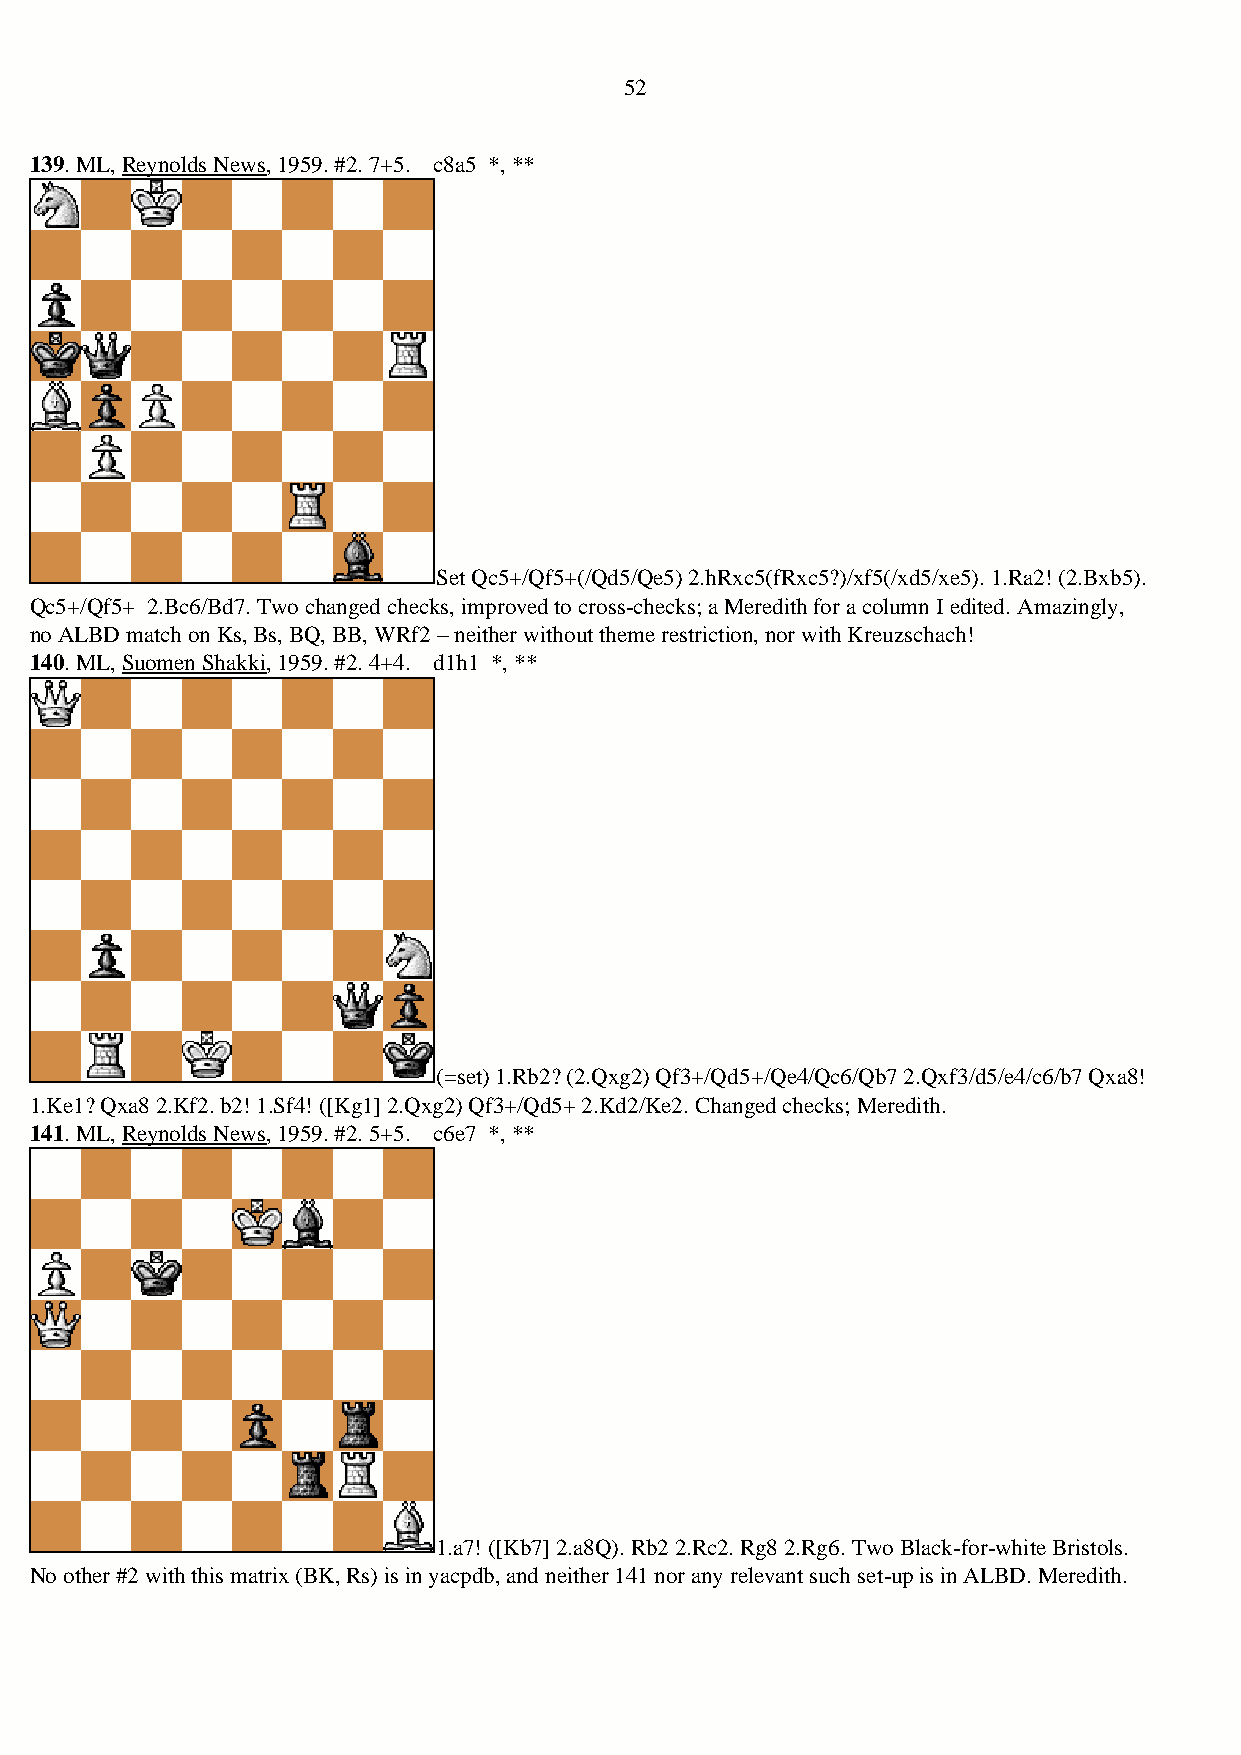
52
 139. ML, Reynolds News, 1959. #2. 7+5. c8a5 *, **
 Set Qc5+/Qf5+(/Qd5/Qe5) 2.hRxc5(fRxc5?)/xf5(/xd5/xe5). 1.Ra2! (2.Bxb5).
 Qc5+/Qf5+ 2.Bc6/Bd7. Two changed checks, improved to cross-checks; a Meredith for a column I edited. Amazingly,
 no ALBD match on Ks, Bs, BQ, BB, WRf2 – neither without theme restriction, nor with Kreuzschach!
 140. ML, Suomen Shakki, 1959. #2. 4+4. d1h1 *, **
 (=set) 1.Rb2? (2.Qxg2) Qf3+/Qd5+/Qe4/Qc6/Qb7 2.Qxf3/d5/e4/c6/b7 Qxa8!
 1.Ke1? Qxa8 2.Kf2. b2! 1.Sf4! ([Kg1] 2.Qxg2) Qf3+/Qd5+ 2.Kd2/Ke2. Changed checks; Meredith.
 141. ML, Reynolds News, 1959. #2. 5+5. c6e7 *, **
 1.a7! ([Kb7] 2.a8Q). Rb2 2.Rc2. Rg8 2.Rg6. Two Black-for-white Bristols.
 No other #2 with this matrix (BK, Rs) is in yacpdb, and neither 141 nor any relevant such set-up is in ALBD. Meredith.